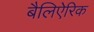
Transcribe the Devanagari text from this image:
बैलिऐरिक